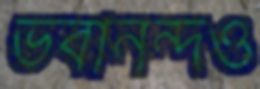
ভবানন্দও